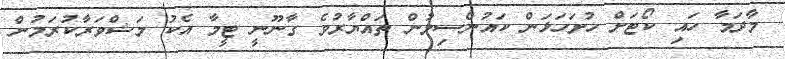
މާދަމާ ހައި ކޯޓަށް ހުށަހަޅަން ކައުންސިލުން ތައްޔާރުވެ ގާނޫނީ ޓީމާ އެކު މަޝްވަރާކުރަމުން